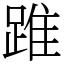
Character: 踓